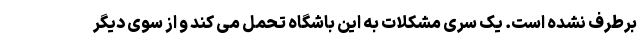
برطرف نشده است. یک سری مشکلات به این باشگاه تحمل می کند و از سوی دیگر